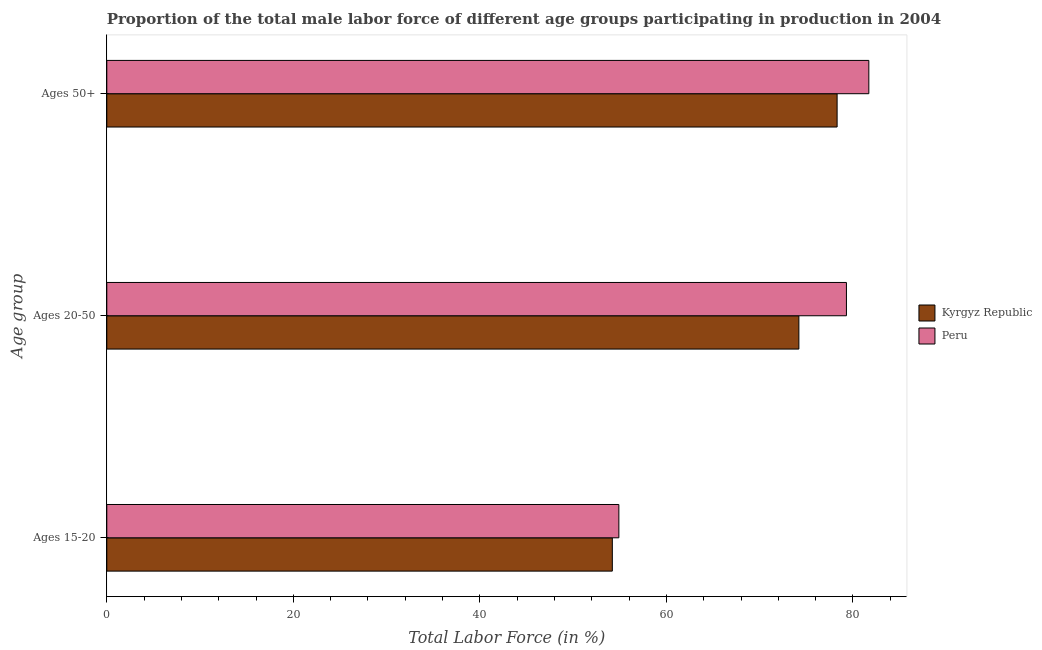
| Age group | Kyrgyz Republic | Peru |
 | --- | --- | --- |
 | Ages 15-20 | 54.2 | 54.9 |
 | Ages 20-50 | 74.2 | 79.3 |
 | Ages 50+ | 78.3 | 81.7 |